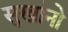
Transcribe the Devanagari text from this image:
सुखांनो